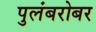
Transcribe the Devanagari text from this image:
पुलंबरोबर